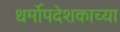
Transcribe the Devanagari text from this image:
धर्मोपदेशकाच्या